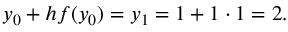
y _ { 0 } + h f ( y _ { 0 } ) = y _ { 1 } = 1 + 1 \cdot 1 = 2 . \qquad \qquad